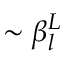
\sim \beta _ { l } ^ { L }